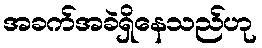
အခက်အခဲရှိနေသည်ဟု